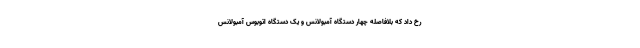
رخ داد که بلافاصله چهار دستگاه آمبولانس و یک دستگاه اتوبوس آمبولانس